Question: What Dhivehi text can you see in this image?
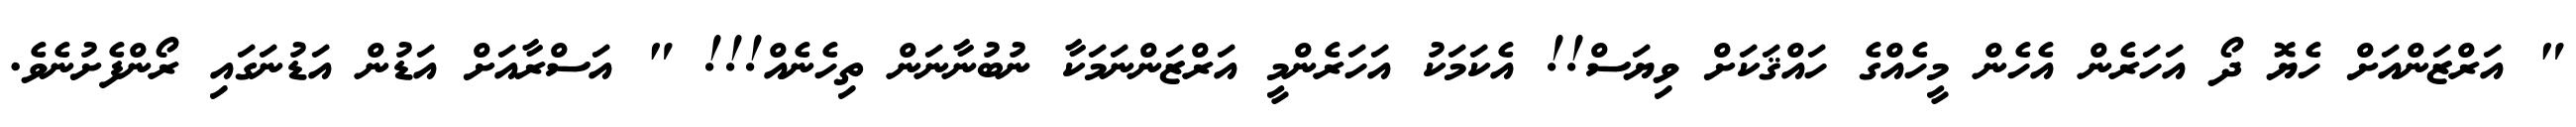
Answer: " އަރްޒަންއަށް ހެޔޮ ދޯ އަހަރެން އެހެން މީހެއްގެ ހައްޤަކަށް ވިޔަސް!! އެކަމަކު އަހަރެންމީ އަރްޒަންނަމަކާ ނުބުނާނަން ތިހެނެއް!!! " އަސްރާއަށް އަޑުން އަޑުނަގައި ރޯންފެށުނެވެ.